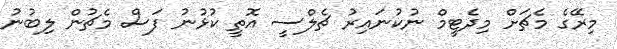
މިރޭގެ މެޗަށް މިދެޓީމް ނުކުނައިރު ޗެލްސީ އޮތީ ކުޅުނު ފަސް މެޗުން ލިބުުނު